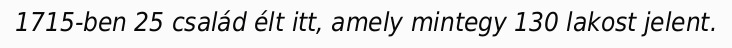
1715-ben 25 család élt itt, amely mintegy 130 lakost jelent.